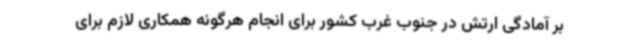
بر آمادگی ارتش در جنوب غرب کشور برای انجام هرگونه همکاری لازم برای